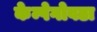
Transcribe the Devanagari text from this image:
केम्पेगोवडा